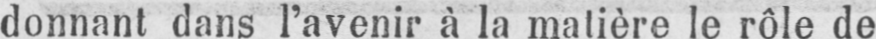
donnant dans l’avenir à la matière le rôle de